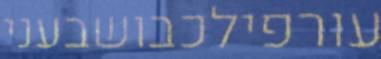
עורפילכבושבעני